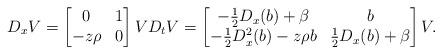
LaTeX: \begin{align*}D_x V=\begin{bmatrix}0&1\\-z \rho&0\end{bmatrix}V D_tV=\begin{bmatrix}-\frac12 D_x(b)+\beta& b\\-\frac12 D^2_x(b)-z\rho b& \frac12 D_x(b) +\beta \end{bmatrix}V. \end{align*}